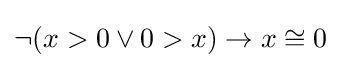
\neg (x>0\lor 0>x)\to x\cong 0